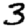
Digit: 3